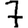
Digit: 7